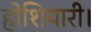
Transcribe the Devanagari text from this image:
होशियारी।